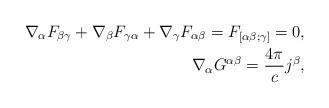
LaTeX: \begin{align*}\nabla_{{\alpha}} F_{{\beta}{\gamma}}+ \nabla_{{\beta}}F_{{\gamma}{\alpha}}+\nabla_{{\gamma}} F_{{\alpha}{\beta}} = F_{[\alpha \beta ; \gamma]} = 0,\\\nabla_{{\alpha}} G^{{\alpha}{\beta}}=\frac{4 \pi}{c}j^{{\beta}},\end{align*}